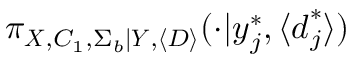
\pi _ { \boldsymbol { X } , C _ { 1 } , \Sigma _ { b } | \boldsymbol { Y } , \left\langle D \right\rangle } ( \cdot | \boldsymbol { y } _ { j } ^ { * } , \langle \boldsymbol { d } _ { j } ^ { * } \rangle )